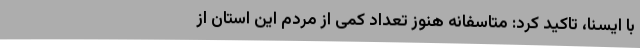
با ایسنا، تاکید کرد: متاسفانه هنوز تعداد کمی از مردم این استان از